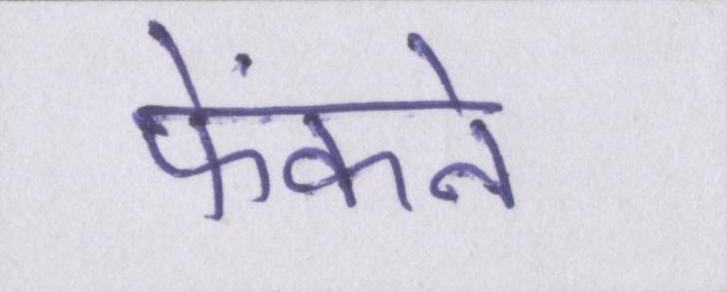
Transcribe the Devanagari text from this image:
फेंकने